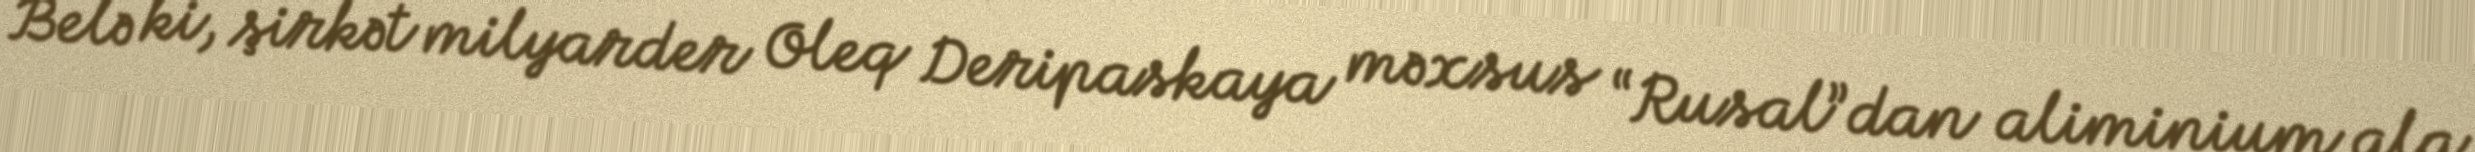
Belə ki, şirkət milyarder Oleq Deripaskaya məxsus “Rusal”dan aliminium ala